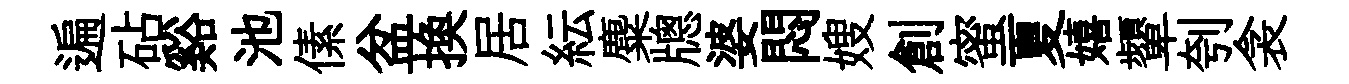
遍砧谿池傃盆换居紜麋牕婆悶嫂創蜜夏嬉顰刳衾